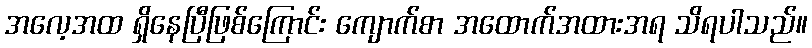
အလေ့အထ ရှိနေပြီဖြစ်ကြောင်း ကျောက်စာ အထောက်အထားအရ သိရပါသည်။